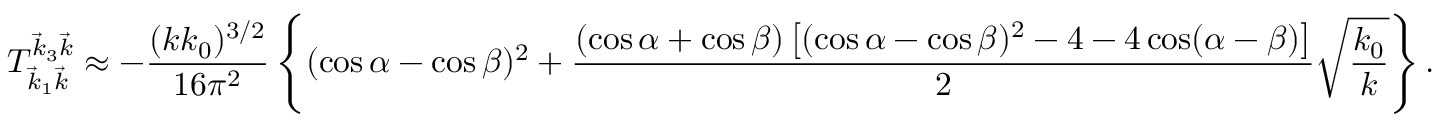
T _ { \vec { k } _ { 1 } \vec { k } } ^ { \vec { k } _ { 3 } \vec { k } } \approx - \frac { ( k k _ { 0 } ) ^ { 3 / 2 } } { 1 6 \pi ^ { 2 } } \left\{ ( \cos \alpha - \cos \beta ) ^ { 2 } + \frac { ( \cos \alpha + \cos \beta ) \left[ ( \cos \alpha - \cos \beta ) ^ { 2 } - 4 - 4 \cos ( \alpha - \beta ) \right] } { 2 } \sqrt { \frac { k _ { 0 } } { k } } \right\} .